Annual report on the mental hospital in the Central Provinces and Berar (Nagpur) - 1927-1951
Year: 1927
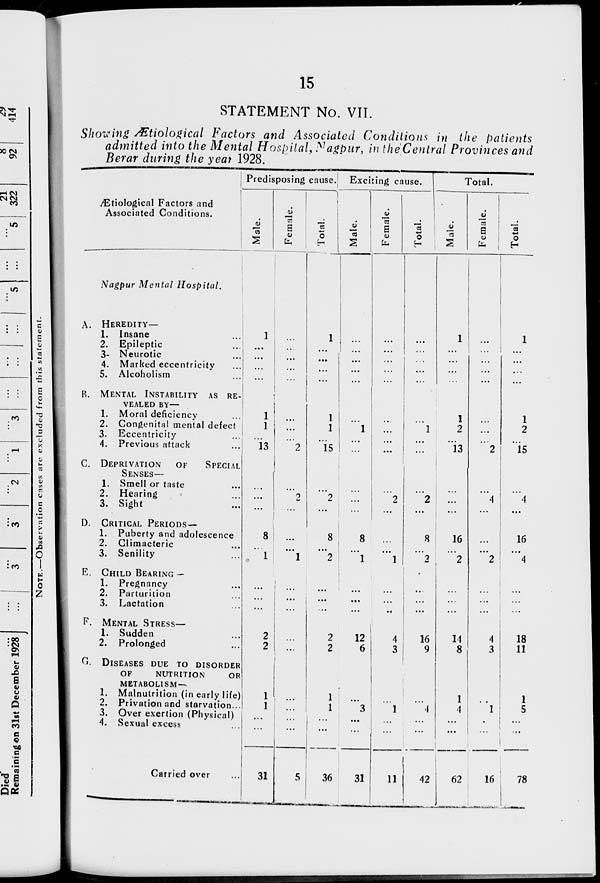
15
STATEMENT No. VII.
Showing Ætiological Factors and Associated Conditions in the patients
admitted into the Mental Hospital, Nagpur, in the Central Provinces and
Berar during the year 1928.
Ætiological Factors and
Associated Conditions.
Nagpur Mental
Hospital.
A. HEREDITY—
1. Insane ...
2. Epileptic
...
3. Neurotic
...
4. Marked eccentricity
...
5. Alcoholism
...
B. MENTAL INSTABILITY AS RE-
VEALED BY—
1. Moral deficiency ...
2. Congenital mental defect
3. Eccentricity
...
4. Previous attack
...
C. DEPRIVATION
OF
SPECIAL
SENSES—
1. Smell or taste ...
2. Hearing ...
3. Sight ...
D. CRITICAL PERIODS—
1. Puberty and adolescence
2. Climacteric ...
3. Senility ...
E. CHILD BEARING —
1. Pregnancy ...
2. Parturition ...
3. Lactation ...
F. MENTAL STRESS—
1. Sudden ...
2. Prolonged ...
G. DISEASES DUE TO DISORDER
OF
NUTRITION
OR
METABOLISM—
1. Malnutrition (in early life)
2. Privation and starvation ...
3. Over exertion (Physical)
4. Sexual excess ...
Carried over ...
Predisposing cause.
Male.
1 ...
...
...
...
1
1
...
13
...
...
...
8
...
1
...
...
...
2
2
1
1
...
...
31
Female.
...
...
...
...
...
...
...
...
2
...
2
...
...
...
1
...
...
...
...
...
...
...
...
...
5
Total.
1
...
...
...
...
1
1
...
15
...
2
...
8
...
2
...
...
...
2
2
1
1
...
...
36
Exciting cause.
Male.
...
...
...
...
...
...
1
...
...
...
...
...
8
...
1
...
...
...
12
6
...
3
...
...
31
Female.
...
...
...
...
...
...
...
...
...
...
2
...
...
...
1
...
...
...
4
3
...
1
...
...
11
Total.
...
...
...
...
...
...
1
...
...
...
2
...
8
...
2
...
...
...
16
9
...
4
...
...
42
Total.
Male.
1
...
...
...
...
1
2
...
13
...
...
...
16
...
2
...
...
...
14
8
1
4
...
...
62
Female.
...
...
...
...
...
...
...
...
2
...
4
...
...
...
2
...
...
...
4
3
...
1
...
...
16
Total.
1
...
...
...
...
1
2
...
15
...
4
...
16
...
4
...
...
...
18
11
1
5
...
...
78